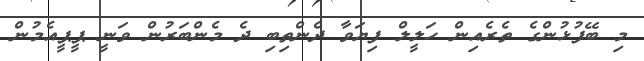
މި ބޭފުޅުންގެ ތެރެއިން ހަލީލް ފިޔަވާ ދެންތިބި ދެ މެންބަރުން ވަނީ ޕީޕީއެމުން